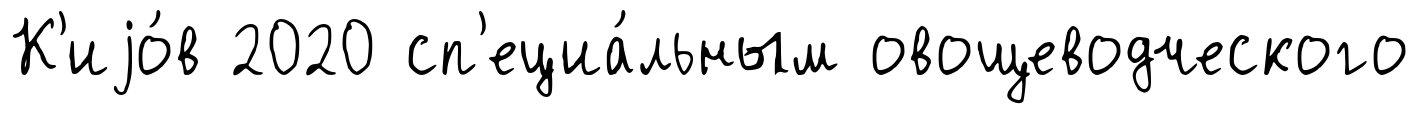
К'иjо́в 2020 сп'ециа́льным овощеводческого